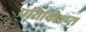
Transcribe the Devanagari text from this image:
प्रतिक्शिप्त